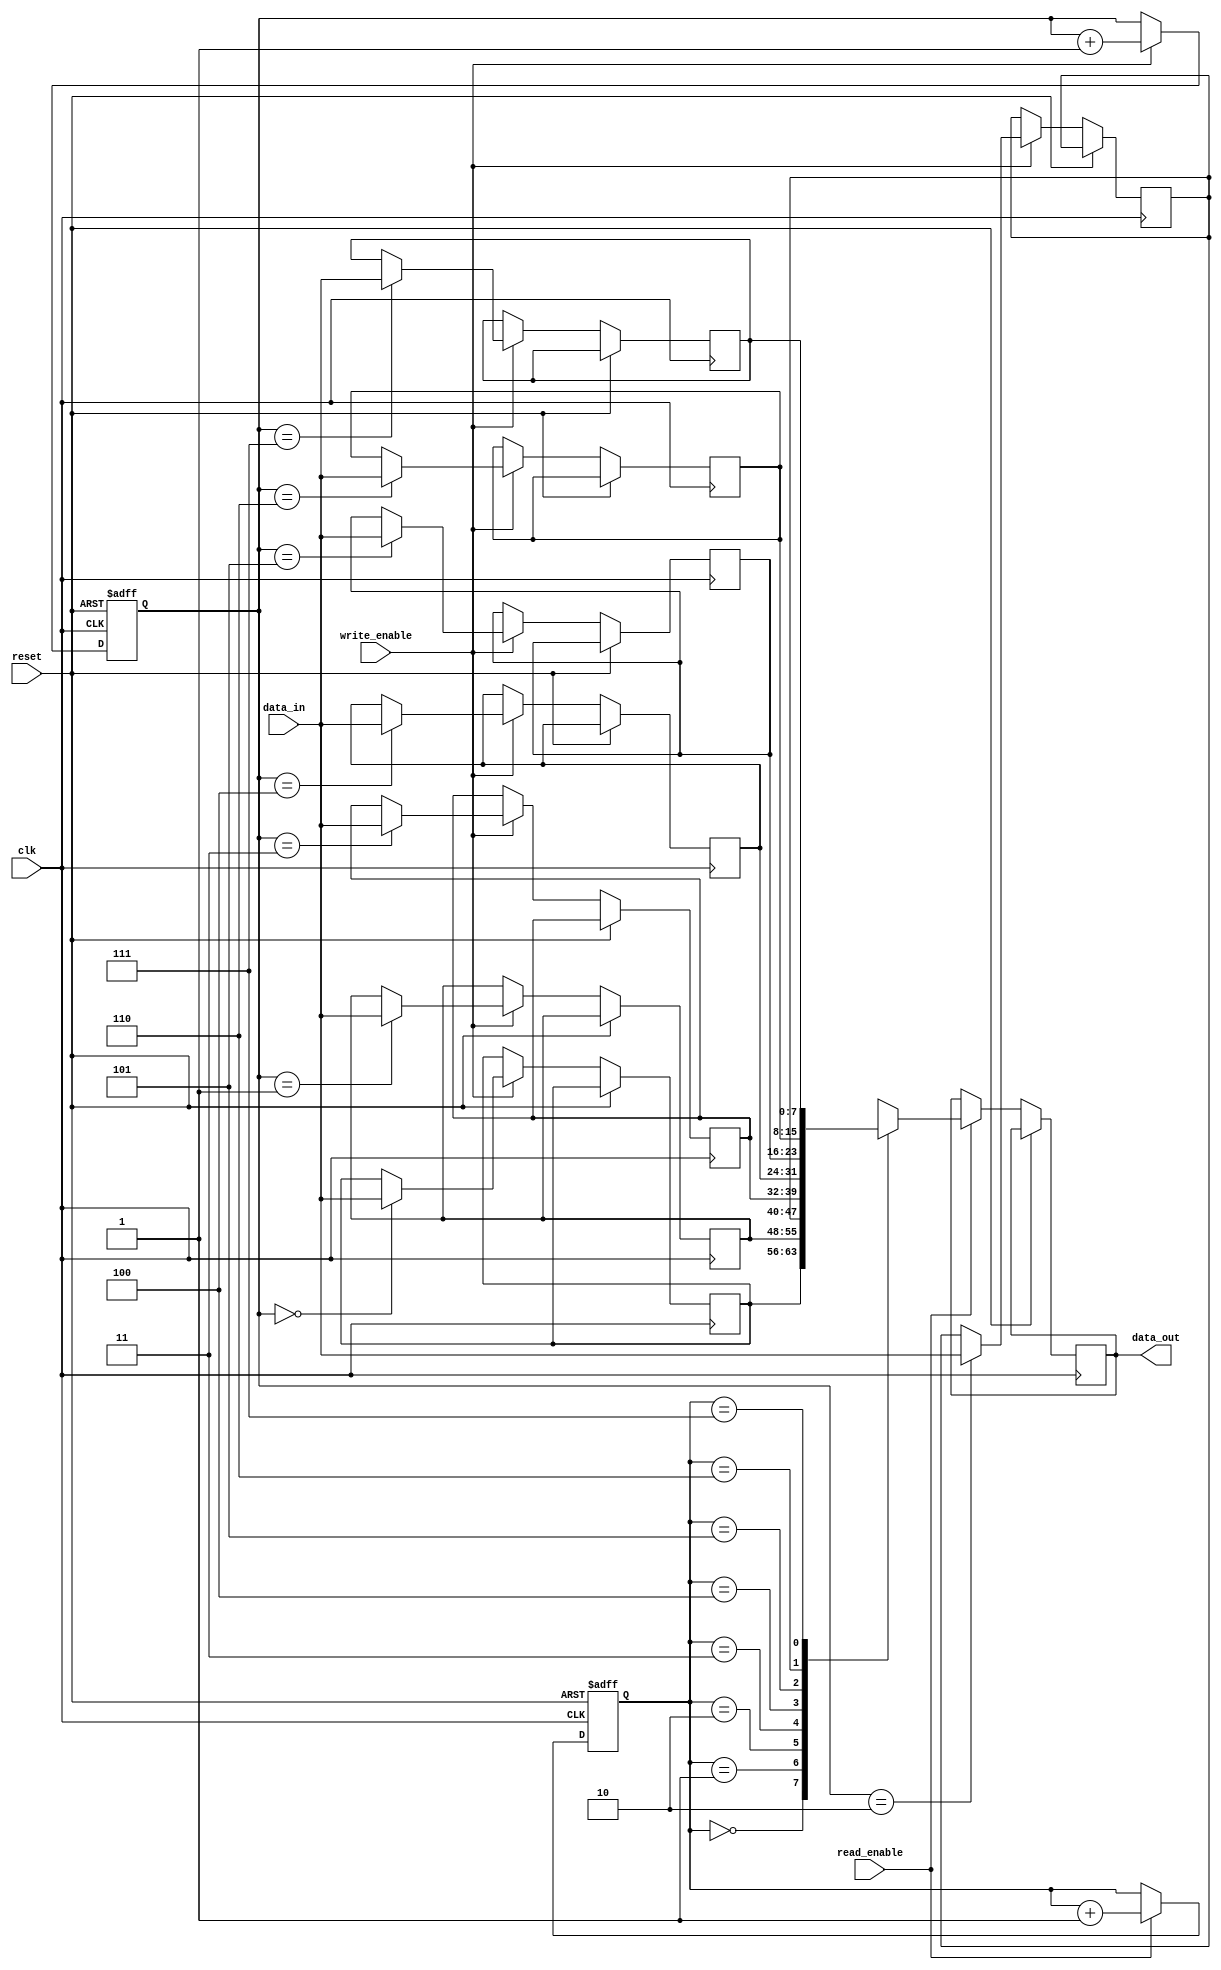
module non_blocking_fifo_buffer (
  input wire clk,
  input wire reset,
  input wire write_enable,
  input wire read_enable,
  input wire [7:0] data_in,
  output wire [7:0] data_out
);

parameter BUFFER_SIZE = 8;
parameter POINTER_WIDTH = 3;

reg [7:0] buffer [0:BUFFER_SIZE-1];
reg [POINTER_WIDTH-1:0] read_ptr;
reg [POINTER_WIDTH-1:0] write_ptr;

always @ (posedge clk or posedge reset) begin
  if (reset) begin
    read_ptr <= 0;
    write_ptr <= 0;
  end else begin
    if (write_enable) begin
      buffer[write_ptr] <= data_in;
      write_ptr <= write_ptr + 1;
    end
    if (read_enable) begin
      data_out <= buffer[read_ptr];
      read_ptr <= read_ptr + 1;
    end
  end
end

endmodule